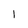
Character: 1